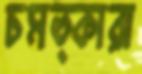
চমত্কারা